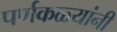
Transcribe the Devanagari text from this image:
पर्णकळ्यांनी